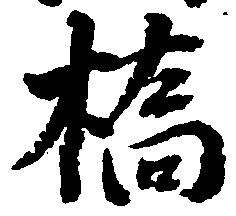
橋